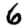
Digit: 6